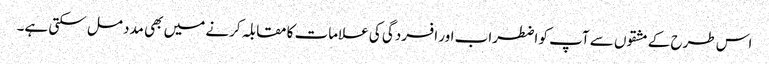
اس طرح کے مشقوں سے آپ کو اضطراب اور افسردگی کی علامات کا مقابلہ کرنے میں بھی مدد مل سکتی ہے۔